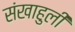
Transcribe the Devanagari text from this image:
संखाहुली